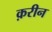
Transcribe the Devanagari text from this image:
क़रीन